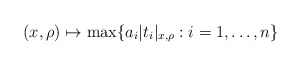
\begin{align*}(x,\rho) \mapsto \max\{a_i |t_i|_{x,\rho}: i=1,\dots,n\}\end{align*}